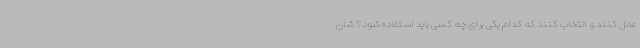
عمل کنند و انتخاب کنند که کدام یکی برای چه کسی باید استفاده شود؟ شان